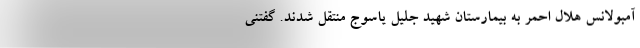
آمبولانس هلال احمر به بیمارستان شهید جلیل یاسوج منتقل شدند. گفتنی